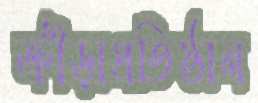
ক্রীড়াপ্রতিষ্ঠান